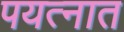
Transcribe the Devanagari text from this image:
पयत्नात